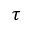
\tau